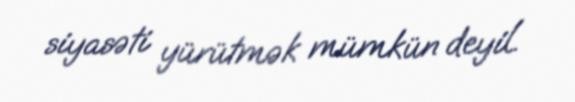
siyasəti yürütmək mümkün deyil.